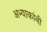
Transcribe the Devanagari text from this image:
अभ्याकांनी